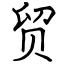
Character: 贸